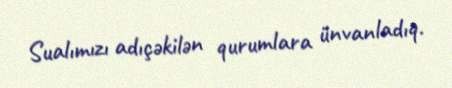
Sualımızı adıçəkilən qurumlara ünvanladıq.